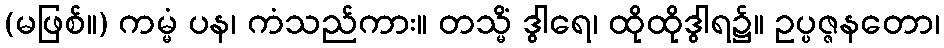
(မဖြစ်။) ကမ္မံ ပန၊ ကံသည်ကား။ တသ္မိံ ဒွါရေ၊ ထိုထိုဒွါရ၌။ ဥပ္ပဇ္ဇနတော၊